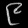
Digit: ၉